Report of the Municipal Commissioner on the plague in Bombay for the year ending 31st May... - Volume 3
Disease focus: Plague
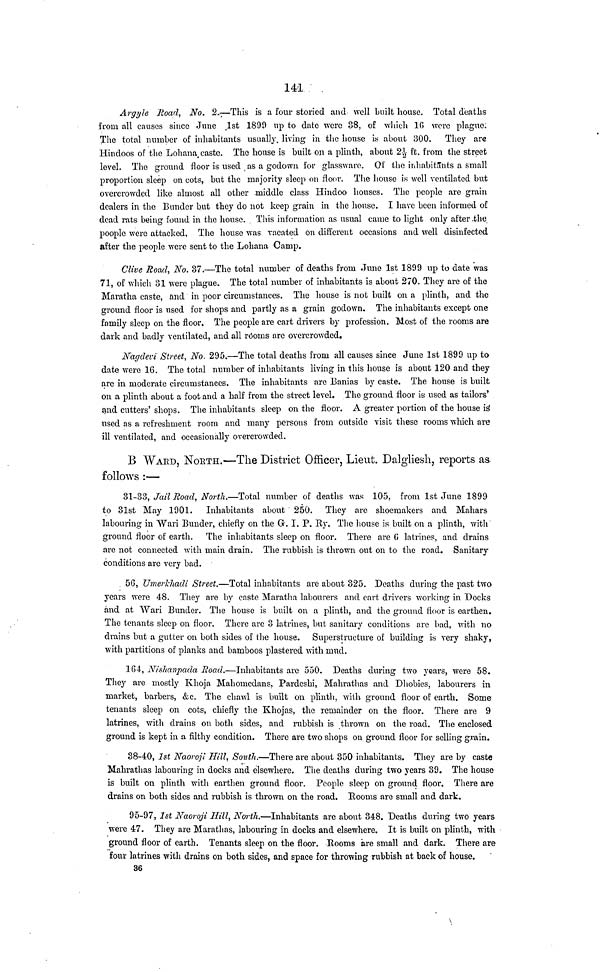
141
Argyle Road, No. 2.—This is a four storied and well built house. Total deaths
from all causes since June 1st 1890 up to date were 38, of which 16 were plague:
The total number of inhabitants usually, living in the house is about 300.
They are
Hindoos of the Lohana caste. The house is built on a plinth, about 21/2 ft. from the street
level. The ground floor is used as a godown for glassware. Of the inhabitants a small
proportion sleep on cots, but the majority sleep on floor. The house is well ventilated but
overcrowded like almost all other middle class Hindoo houses. The people are grain
dealers in the Bunder but they do not keep grain in the house. I have been informed of
dead rats being found in the house. This information as usual came to light only after the
poople were attacked, The house was vacated on different occasions and well disinfected
after the people were sent to the Lohana Camp.
Clive Rond, No. 37.—The total number of deaths from June 1st 1899 up to date was
71, of which 31 were plague. The total number of inhabitants is about 270. They are of the
Maratha caste, and in poor circumstances. The house is not built on a plinth, and the
ground floor is used for shops and partly as a grain godown. The inhabitants except one
family sleep on the floor. The people are cart drivers by profession. Most of the rooms are
dark and badly ventilated, and all rooms are overcrowded.
Nagdevi Street, No. 295.—The total deaths from all causes since June 1st 1899 up to
date were 16. The total number of inhabitants living in this house is about 120 and they
are in moderate circumstances. The inhabitants are Banias by caste. The house is built
on a plinth about a foot and a half from the street level. The ground floor is used as tailors'
and cutters' shops. The inhabitants sleep on the floor. A greater portion of the house is'
used as a refreshment room and many persons from outside visit these rooms which are
ill ventilated, and occasionally overcrowded.
B WARD, NORTH.—The District Officer, Lieut. Dalgliesh, reports as
follows :—
31-33, Jail Road, North.—Total number of deaths was 105, from 1st June 1899
to 31st May 1901.
Inhabitants about 250. They are shoemakers and Mahars
labouring in "Wari Bunder, chiefly on the Gr. I. P. Ry, The house is built on a plinth, with
ground floor of earth. The inhabitants sleep on floor. There are 6 latrines, and drains
are not connected with main drain. The rubbish is thrown out on to the road. Sanitary
conditions are very bad.
5G, Umerkhadi Street.—Total inhabitants are about 325. Deaths during the past two
years were 48. They are by caste Maratha labourers and cart drivers working in Docks
and at Wari Bunder. The house is built on a plinth, and the ground floor is earthen.
The tenants sleep on floor. There are 3 latrines, but sanitary conditions are bad, with no
drains but a gutter on both sides of the house. Superstructure of building is very shaky,
with partitions of planks and bamboos plastered with mud.
1G4, Nishanpada Road.—Inhabitants are 550. Deaths during two years, were 58.
They are mostly Khoja Mahomedans. Pardeshi, Mahrathas and Dhobies, labourers in
market, barbers, &c. The chawl is built on plinth, with ground floor of earth. Some
tenants sleep on cots, chiefly the Khojas, the remainder on the floor. There are 9
latrines, with drains on both sides, and rubbish is thrown on the road. The enclosed
ground is kept in a filthy condition. There are two shops on ground floor for selling grain.
38-40, 1st Naoroji Hill, South.—There are about 350 inhabitants. They are by caste
Mahrathas labouring in docks and elsewhere. The deaths during two years 39. The house
is built on plinth with earthen ground floor. People sleep on ground floor. There are
drains on both sides and rubbish is thrown on the road. Rooms are small and dark,
95-97, 1st Naoroji Hill, North.—Inhabitants are about 348. Deaths during two years
were 47. They are Marathas, labouring in docks and elsewhere. It is built on plinth, with
ground floor of earth. Tenants sleep on the floor. Rooms are small and dark. There are
four latrines with drains on both sides, and space for throwing rubbish at back of house.
36